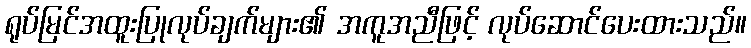
ရုပ်မြင်အထူးပြုလုပ်ချက်များ၏ အကူအညီဖြင့် လုပ်ဆောင်ပေးထားသည်။